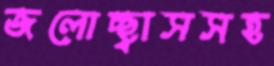
জলোচ্ছ্বাসসহ